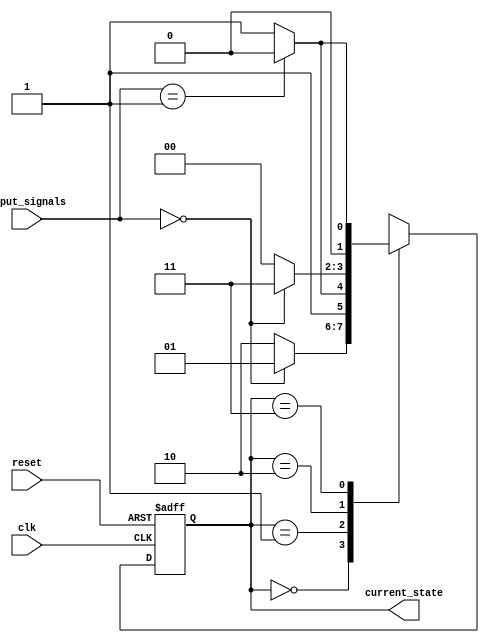
module state_machine (
    input clk,
    input reset,
    input [1:0] input_signals,
    output reg [1:0] current_state
);

parameter S0 = 2'b00;
parameter S1 = 2'b01;
parameter S2 = 2'b10;
parameter S3 = 2'b11;

always @(posedge clk or posedge reset) begin
    if (reset) begin
        current_state <= S0;
    end else begin
        case (current_state)
            S0: begin
                if (input_signals == 2'b00) begin
                    current_state <= S1;
                end else begin
                    current_state <= S2;
                end
            end
            S1: begin
                if (input_signals == 2'b01) begin
                    current_state <= S2;
                end else begin
                    current_state <= S3;
                end
            end
            S2: begin
                if (input_signals == 2'b00) begin
                    current_state <= S3;
                end else begin
                    current_state <= S0;
                end
            end
            S3: begin
                if (input_signals == 2'b01) begin
                    current_state <= S0;
                end else begin
                    current_state <= S1;
                end
            end
        endcase
    end
end

endmodule